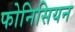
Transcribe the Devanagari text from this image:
फोनिसियन